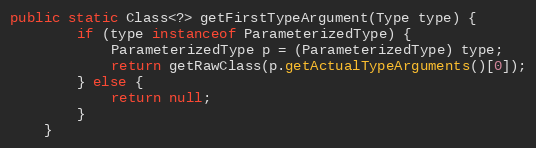
Language: Java
public static Class<?> getFirstTypeArgument(Type type) {
        if (type instanceof ParameterizedType) {
            ParameterizedType p = (ParameterizedType) type;
            return getRawClass(p.getActualTypeArguments()[0]);
        } else {
            return null;
        }
    }